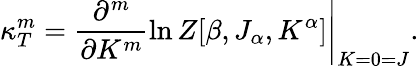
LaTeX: \kappa_{T}^{m}=\left.\frac{\partial^{m}}{\partial K^{m}}\ln Z[\beta,J_{\alpha},K^{\alpha}]\right|_{K=0=J}.